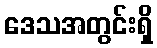
ဒေသအတွင်းရှိ